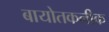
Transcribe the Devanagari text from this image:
बायोतकनीक